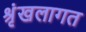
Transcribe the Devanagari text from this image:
श्रृंखलागत